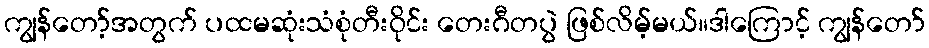
ကျွန်တော့်အတွက် ပထမဆုံးသံစုံတီးဝိုင်း တေးဂီတပွဲ ဖြစ်လိမ့်မယ်။ဒါကြောင့် ကျွန်တော်